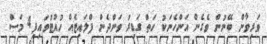
ވަރިވާން ބޭނުން ވެގެން އަންހެނަކު ހަތް ގަޑިރު ވަންދެން ފްލައިޓެއް ހުއްޓުވައިފި4 މަސް